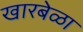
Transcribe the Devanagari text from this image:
खारबेळा